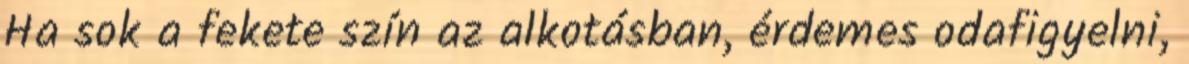
Ha sok a fekete szín az alkotásban, érdemes odafigyelni,